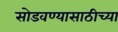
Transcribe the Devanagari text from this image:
सोडवण्यासाठीच्या